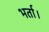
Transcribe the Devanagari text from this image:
भर्ता।